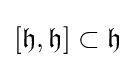
[{\mathfrak {h}},{\mathfrak {h}}]\subset {\mathfrak {h}}